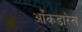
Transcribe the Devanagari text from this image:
आँकड़ारेख